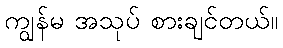
ကျွန်မ အသုပ် စားချင်တယ်။